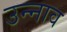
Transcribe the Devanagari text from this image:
उन्‍नाव